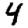
Digit: 4